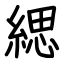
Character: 緦